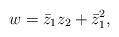
LaTeX: \begin{align*}w = \bar{z}_1 z_2 + \bar{z}_1^2 ,\end{align*}